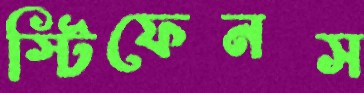
স্টিফেনস